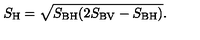
S _ { \mathrm { H } } = \sqrt { S _ { \mathrm { B H } } ( 2 S _ { \mathrm { B V } } - S _ { \mathrm { B H } } ) } .